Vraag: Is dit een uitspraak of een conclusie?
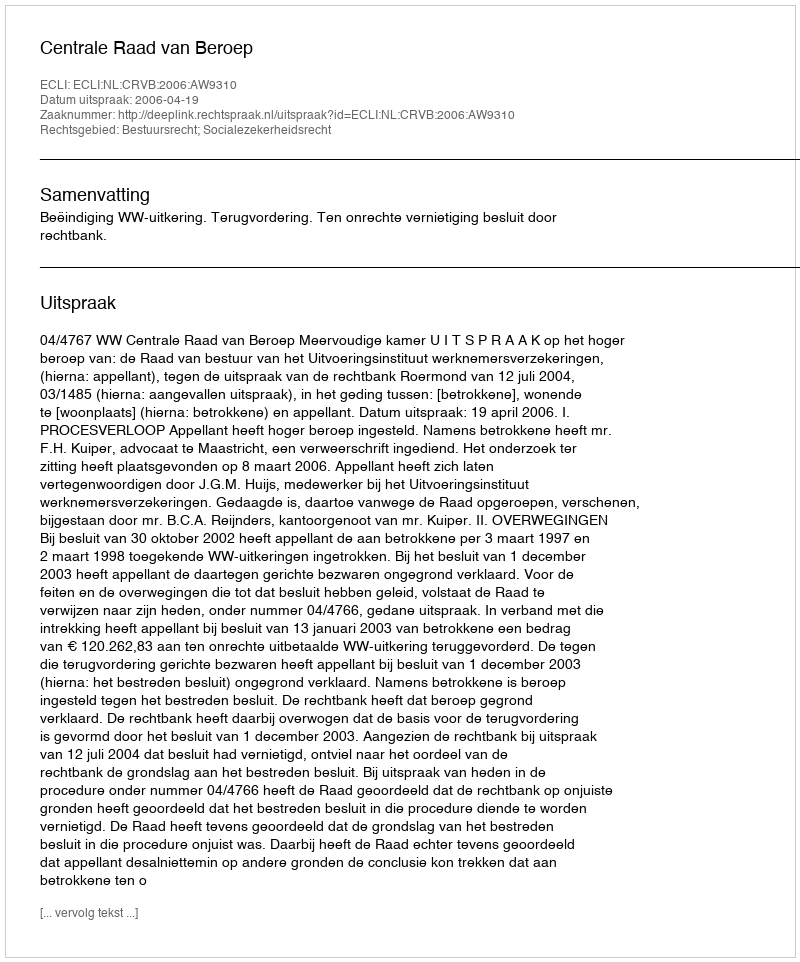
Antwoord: Uitspraak